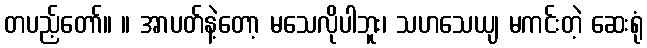
တပည့်တော်။ ။ အာပတ်နဲ့တော့ မသေလိုပါဘူး၊ သဟသေယျ မကင်းတဲ့ ဆေးရုံ